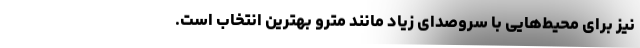
نیز برای محیط‌هایی با سروصدای زیاد مانند مترو بهترین انتخاب است.